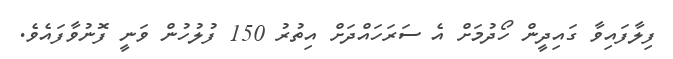
ފިލާފައިވާ ގައިދީން ހޯދުމަށް އެ ސަރަހައްދަށް އިތުރު 150 ފުލުހުން ވަނީ ފޮނުވާފައެވެ.